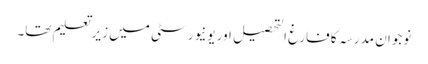
نوجوان مدرسہ کا فارغ التحصیل اور یونیورسٹی میں زیرتعلیم تھا۔